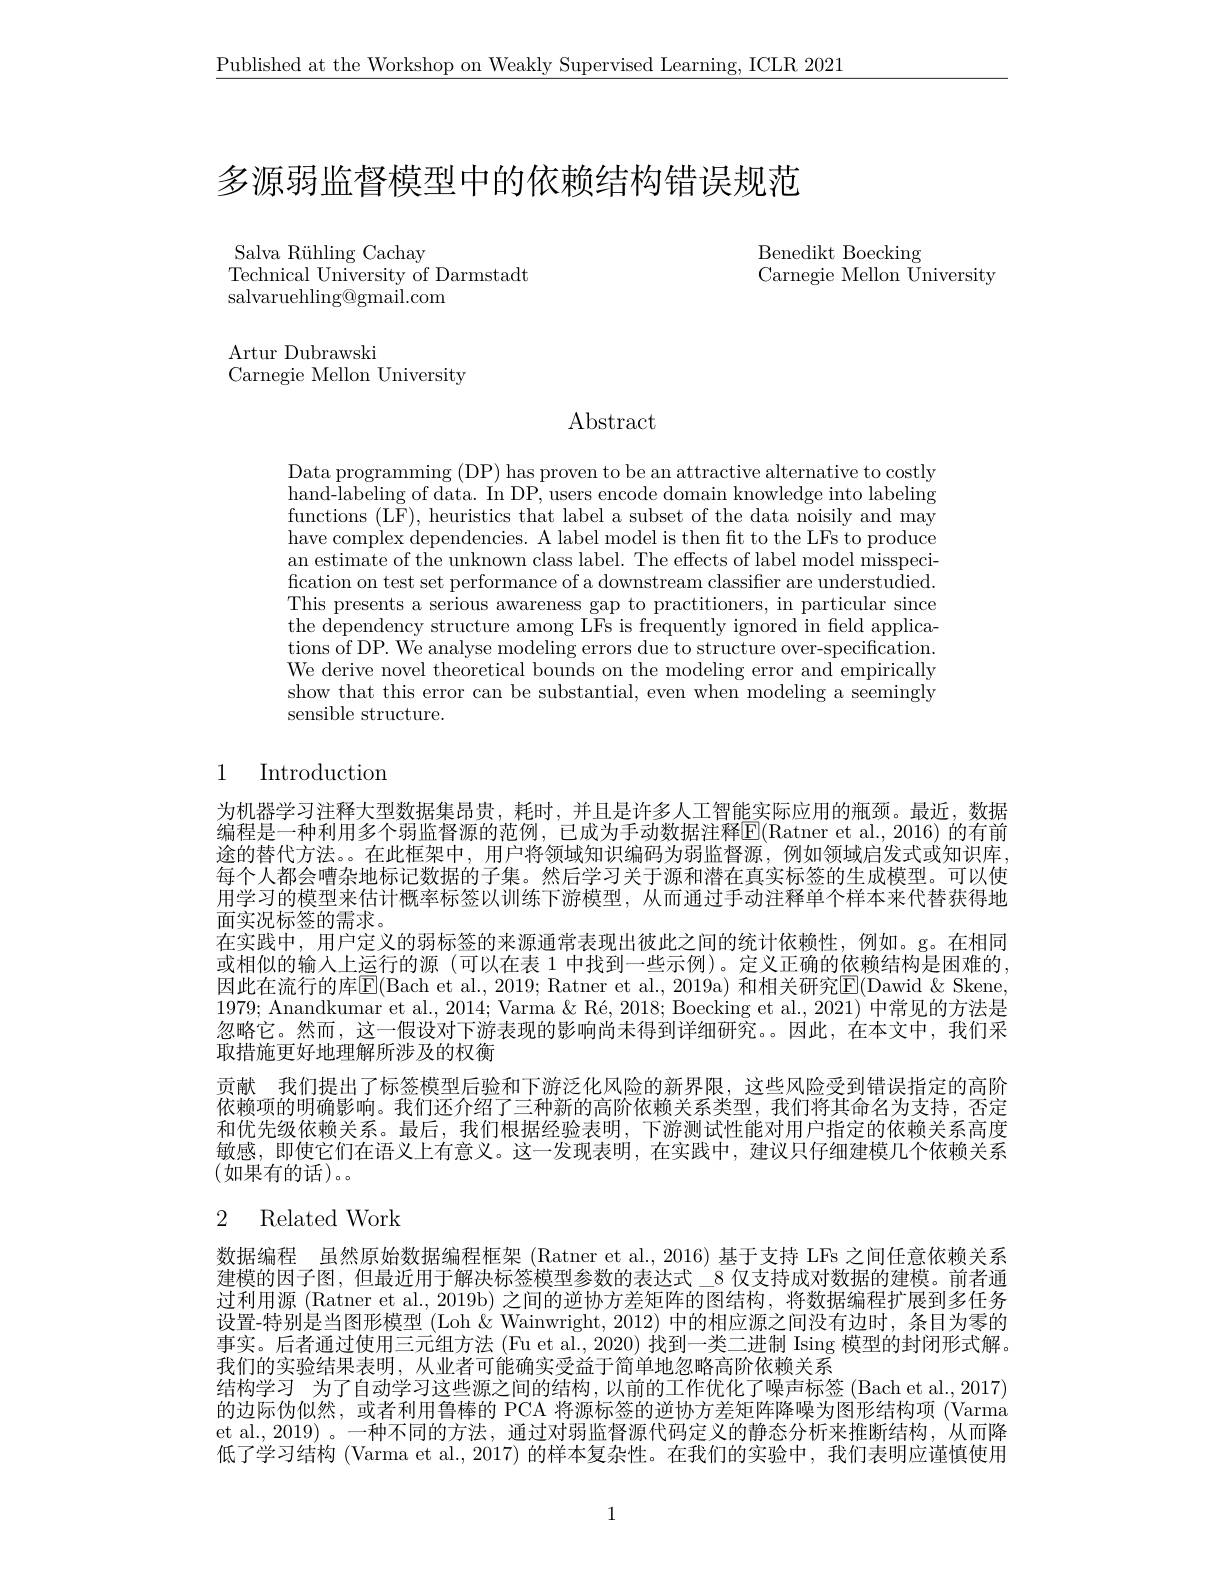
$\underline{\text{Published at the Workshop on Weakly Supervised Learning, ICLR 2021}}$

多源弱监督模型中的依赖结构错误规范

Benedikt Boecking
Carnegie Mellon University

Salva R$\" {u}$hlingCachay
Technical University of Darmstadt
salvaruehling@gmail.com

Artur Dubrawski
Carnegie Mellon University

Abstract

Data programming (DP) has proven to be an attractive alternative to costly hand-labeling of data. In DP, users encode domain knowledge into labeling functions (LF), heuristics that label a subset of the data noisily and may have complex dependencies. A label model is then ft to the LFs to produce an estimate of the unknown class label. The effects of label model misspecification on test set performance of a downstream classifier are understu$\tilde{\mathrm{died}}.$ This presents a serious awareness gap to practitioners, in particular since the dependency structure among LFs is frequently ignored in field applications of DP. We analyse modeling errors due to structure over-specification. We derive novel theoretical bounds on the modeling error and empirically show that this error can be substantial, even when modeling a seemingly sensible structure.

# 1 Introduction

为机器学习注释大型数据集昂贵，耗时，并且是许多人工智能实际应用的瓶颈。最近，数据编程是一种利用多个弱监督源的范例，已成为手动数据注释E(Ratner et al.,2016) 的有前途的替代方法。。在此框架中，用户将领域知识编码为弱监督源，例如领域启发式或知识库， 每个人都会嘈杂地标记数据的子集。然后学习关于源和潜在真实标签的生成模型。可以使用学习的模型来估计概率标签以训练下游模型，从而通过手动注释单个样本来代替获得地面实况标签的需求。
在实践中，用户定义的弱标签的来源通常表现出彼此之间的统计依赖性，例如。g。在相同或相似的输入上运行的源 (可以在表 1 中找到一些示例)。定义正确的依赖结构是困难的， 因此在流行的库$\overline{\mathrm{E}}($Bach et al., 2019; Ratner et al., 2019a) 和相关研究$\overline{\mathrm{E}}($Dawid &Skene, 1979; Anandkumar et al., 2014; Varma & Ré, 2018; Boecking et al., 2021) 中常见的方法是忽略它。然而，这一假设对下游表现的影响尚未得到详细研究。因此，在本文中，我们采取措施更好地理解所涉及的权衡
贡献 我们提出了标签模型后验和下游泛化风险的新界限，这些风险受到错误指定的高阶依赖项的明确影响。我们还介绍了三种新的高阶依赖关系类型，我们将其命名为支持，否定和优先级依赖关系。最后，我们根据经验表明，下游测试性能对用户指定的依赖关系高度敏感，即使它们在语义上有意义。这一发现表明，在实践中，建议只仔细建模几个依赖关系(如果有的话)。

## 2 Related Work

数据编程 虽然原始数据编程框架 (Ratner et al., 2016) 基于支持 LFs 之间任意依赖关系建模的因子图，但最近用于解决标签模型参数的表达式\_8 仅支持成对数据的建模。前者通过利用源 (Ratner et al., 2019b) 之间的逆协方差矩阵的图结构，将数据编程扩展到多任务设置-特别是当图形模型 (Loh &Wainwright, 2012) 中的相应源之间没有边时，条目为零的事实。后者通过使用三元组方法 (Fu et al., 2020) 找到一类二进制 Ising 模型的封闭形式解。我们的实验结果表明，从业者可能确实受益于简单地忽略高阶依赖关系
结构学习 为了自动学习这些源之间的结构，以前的工作优化了噪声标签 (Bach et al., 2017) 的边际伪似然，或者利用鲁棒的 PCA 将源标签的逆协方差矩阵降噪为图形结构项 (Varma et al.,2019)。一种不同的方法，通过对弱监督源代码定义的静态分析来推断结构，从而降低了学习结构 (Varma et al., 2017) 的样本复杂性。在我们的实验中，我们表明应谨慎使用

1